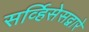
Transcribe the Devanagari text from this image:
सर्व्हिसेसद्वारे